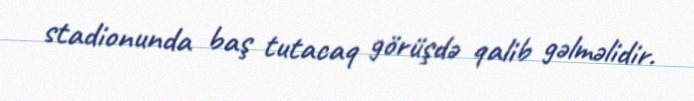
stadionunda baş tutacaq görüşdə qalib gəlməlidir.